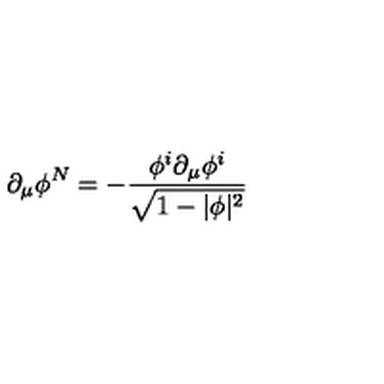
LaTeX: \partial _ { \mu } \phi ^ { N } = - { \frac { \phi ^ { i } \partial _ { \mu } \phi ^ { i } } { \sqrt { 1 - | \phi | ^ { 2 } } } }